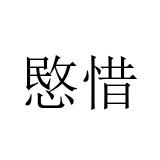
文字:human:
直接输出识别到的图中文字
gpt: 愍惜